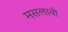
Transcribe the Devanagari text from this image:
मसलावी